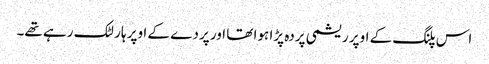
اس پلنگ کے اوپر ریشمی پردہ پڑا ہوا تھا اور پردے کے اوپر ہار لٹک رہے تھے۔